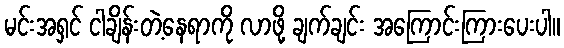
မင်းအရှင် ငါချိန်းတဲ့နေရာကို လာဖို့ ချက်ချင်း အကြောင်းကြားပေးပါ။